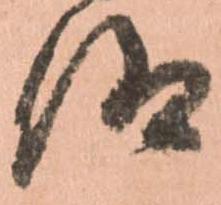
仰